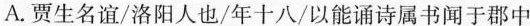
A.贾生名谊/洛阳人也/年十八/以能诵诗属书闻于郡中